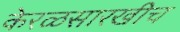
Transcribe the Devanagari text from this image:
केरळसारखीच